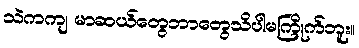
သဲကကျ မာဆယ်တွေဘာတွေသိပါမကြိုက်ဘူး။